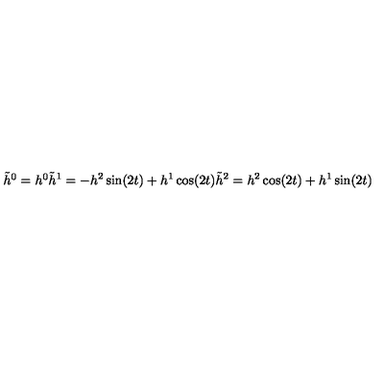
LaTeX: \begin{matrix} { \tilde { h } ^ { 0 } = h ^ { 0 } } \\ { \tilde { h } ^ { 1 } = - h ^ { 2 } \sin ( 2 t ) + h ^ { 1 } \cos ( 2 t ) } \\ { \tilde { h } ^ { 2 } = h ^ { 2 } \cos ( 2 t ) + h ^ { 1 } \sin ( 2 t ) } \\ \end{matrix}